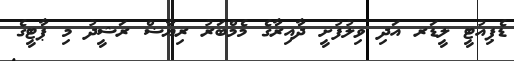
ޑެޕިއުޓީ ލީޑަރ އަދި ވިލުފުށީ ދާއިރާގެ މެމްބަރު ރިޔާޟް ރަޝީދު މި ޕާޓީގެ